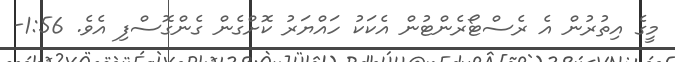
މީގެ އިތުރުން އެ ރެސްޓޯރެންޓުން އެކަކު ހައްޔަރު ކޮށްގެން ގެންގޮސްފި އެވެ. 1:56-